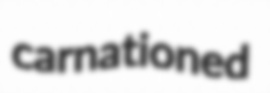
carnationed